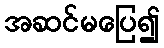
အဆင်မပြေ၍